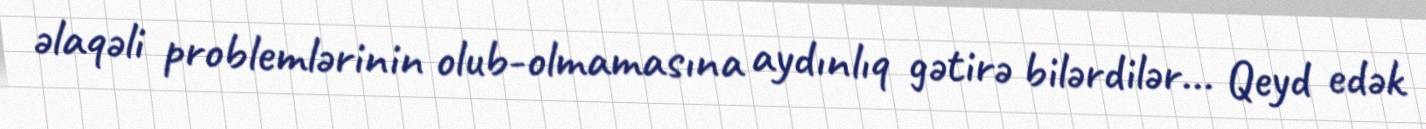
əlaqəli problemlərinin olub-olmamasına aydınlıq gətirə bilərdilər... Qeyd edək